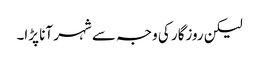
لیکن روزگار کی وجہ سے شہر آنا پڑا۔